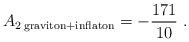
LaTeX: \begin{align*}A_{2 \; {\rm graviton} + {\rm inflaton}}=-{171\over 10} \; .\end{align*}